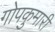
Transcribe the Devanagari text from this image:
गोपकुमारी